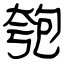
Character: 匏